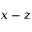
x - z